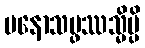
မနောသမ္ဖဿသ္မိမ္ပိ